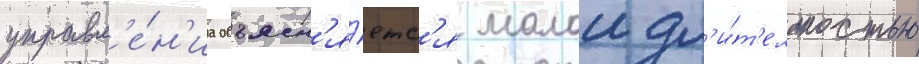
управл'е́н'иа объясн'я́етс'я малои дл'и́т'ельностью